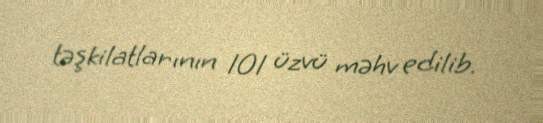
təşkilatlarının 101 üzvü məhv edilib.